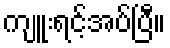
ကျူးရင့်အပ်ပြီ။